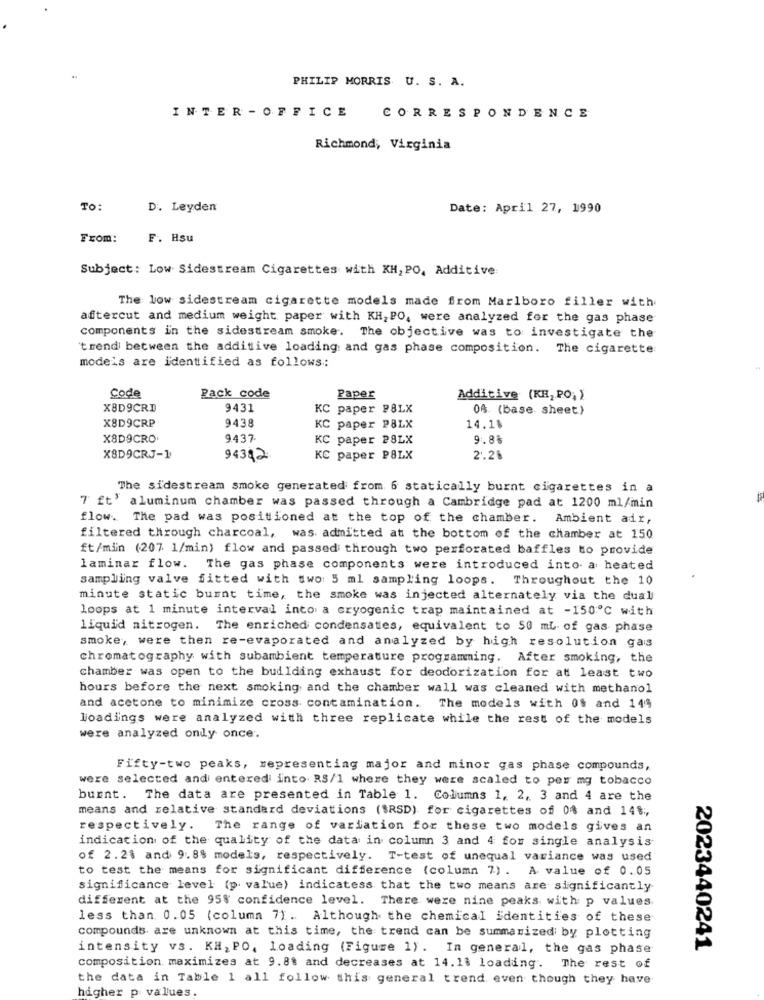
PHILIP MORRIS U. S. A.
INTER - OFFICE
CORRESPONDENCE
Richmond, Virginia
To:
D. Leyden
Date: April 27, 1990
From:
F. Hsu
Subject: Low Sidestream Cigarettes with KH, PO, Additive:
The low sidestream cigarette models made from Marlboro filler with
aftercut and medium weight paper with KH, PO, were analyzed for the gas phase
components in the sidestream smoke. The objective was to investigate the
trend between the additive loading and gas phase composition. The cigarette
modeis are identified as follows:
Code
Pack code
Paper
Additive (KH, PO; )
X8D9CRD
9431
KC paper P&LX
04. (base. sheet)
X8D9CRP
9438
KC paper PBLX
14.1%
X8D9CRO
9437.
KC paper P8LX
9.88
X8D9CRJ-1
94342
KC paper PSLX
2.26
The sidestream smoke generated from 6 statically burnt cigarettes in a
7 ft' aluminum chamber was passed through a Cambridge pad at 1200 ml/min
flow. The pad was positioned at the top of the chamber. Ambient air,
filtered through charcoal, was admitted at the bottom of the chamber at 150
ft/min (207 1/min) flow and passed through two perforated baffles to provide
laminar flow. The gas phase components were introduced into a heated
sampling valve fitted with two: 5 ml sampling loops. Throughout the 10
minute static burnt time, the smoke was injected alternately via the dual
loops at 1 minute interval into a cryogenic trap maintained at -150℃ with
liquid nitrogen. The enriched condensaties, equivalent to 50 ml of gas phase
smoke, were then re-evaporated and analyzed by high resolution gas
chromatography with subambient temperature programming. After smoking, the
chamber was open to the building exhaust for deodorization for at least two
hours before the next smoking and the chamber wall was cleaned with methanol
and acetone to minimize cross contamination. The models with 0% and 144
loadings were analyzed with three replicate while the rest of the models
were analyzed only once.
Fifty-two peaks, representing major and minor gas phase compounds,
were selected and entered into RS/1 where they were scaled to pes mg tobacco
burnt. The data are presented in Table 1. Columns 1, 2, 3 and 4 are the
means and relative standard deviations ($RSD) for cigarettes of 0% and 148 ;,
respectively. The range of variation for these two models gives an
indication of the quality of the data in column 3 and 4 for single analysis
of 2.2% and 9.8% models, respectively. T-test of unequal variance was used
to test the means for significant difference (column 7) . A value of 0.05
significance level (p value) indicatess that the two means are significantly
different at the 95% confidence level. There were nine peaks with p values
less than 0.05 (column 7). Although the chemical identities of these
compounds are unknown at this time, the trend can be summarized by plotting
intensity vs. KH, PO, loading (Figure 1). In general, the gas phase
2023440241
composition maximizes at 9.8% and decreases at 14.11 loading. The rest of
the data in Table 1 all follow this general trend, even though they have
higher p values.